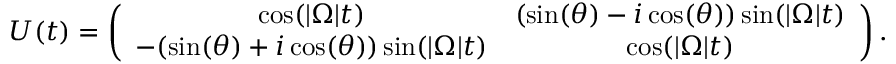
\begin{array} { r } { U ( t ) = \left( \begin{array} { c c c c } { \cos ( | \Omega | t ) } & { ( \sin ( \theta ) - i \cos ( \theta ) ) \sin ( | \Omega | t ) } \\ { - ( \sin ( \theta ) + i \cos ( \theta ) ) \sin ( | \Omega | t ) } & { \cos ( | \Omega | t ) } \end{array} \right) . } \end{array}